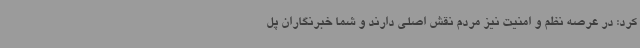
کرد: در عرصه نظم و امنیت نیز مردم نقش اصلی دارند و شما خبرنگاران پل